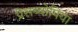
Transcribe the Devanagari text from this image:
प्रेसब्योपिया